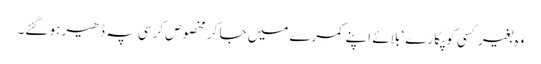
وہ بغیر کسی کو پکارے ‘ بلائے اپنے کمرے میں جا کر مخصوص کرسی پہ ڈھیر ہو گئے۔